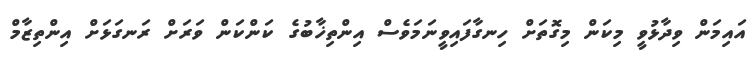
އައިމަން ވިދާޅުވީ މިކަން މިގޮތަށް ހިނގާފައިވީނަމަވެސް އިންތިޚާބުގެ ކަންކަން ވަރަށް ރަނގަޅަށް އިންތިޒާމް